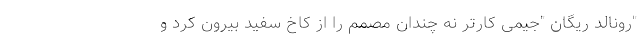
"رونالد ریگان "جیمی کارتر نه چندان مصمم را از کاخ سفید بیرون کرد و